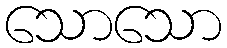
သောသော